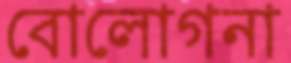
বোলোগনা